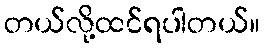
တယ်လို့ထင်ရပါတယ်။